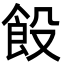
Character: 䬦